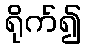
ရိုက်၍